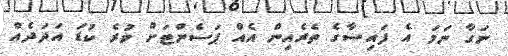
ނަގާ ނަމަ އެ ފައިސާގެ ތެރެއިން އެއް ޕަސެންޓަށް ވުރެ ކުޑަ އަދަދެއް